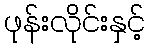
ဖုန်းလိုင်းနှင့်